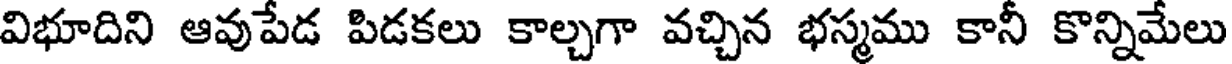
విభూదిని ఆవుపేడ పిడకలు కాల్చగా వచ్చిన భస్మము కానీ కొన్నిమేలు